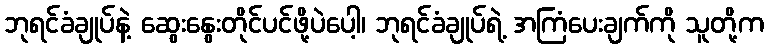
ဘုရင်ခံချုပ်နဲ့ ဆွေးနွေးတိုင်ပင်ဖို့ပဲပေါ့၊ ဘုရင်ခံချုပ်ရဲ့ အကြံပေးချက်ကို သူတို့က